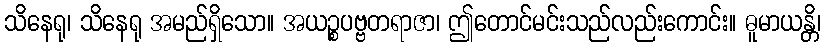
သိနေရု၊ သိနေရု အမည်ရှိသော။ အယဉ္စပဗ္ဗတရာဇာ၊ ဤတောင်မင်းသည်လည်းကောင်း။ ဓူမာယန္တိ၊